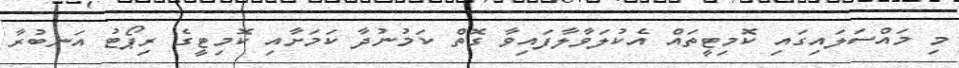
މި މައްސަލައިގައި ކޮމިޓީތައް އެކުލަވާލާފައިވާ ގޮތް ކަމުނުދާ ކަމަށާއި ކޮމިޓީގެ ރިޕޯޓު އަނބުރާ